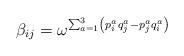
LaTeX: \begin{align*}\beta _{ij}=\omega ^{\sum_{a=1}^{3}\left(p_{i}^{a}q_{j}^{a}-p_{j}^{a}q_{i}^{a}\right) }\end{align*}